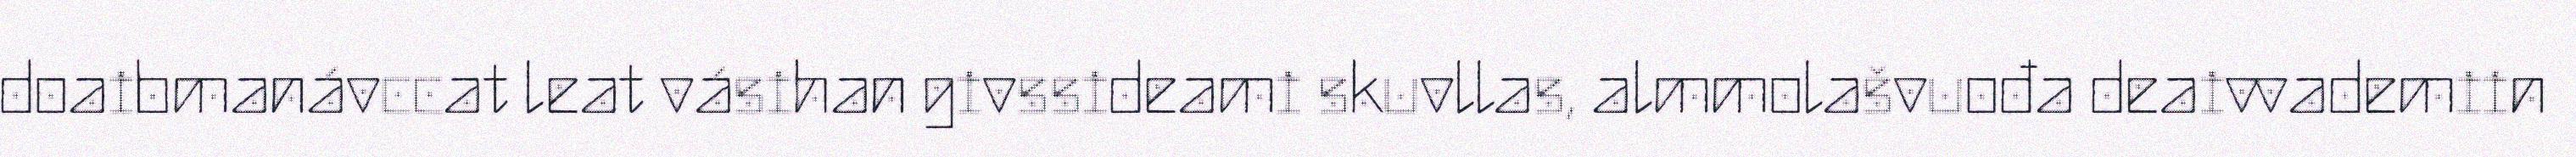
doaibmanávccat leat vásihan givssideami skuvllas, almmolašvuođa deaivvademiin